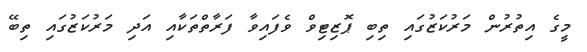
މީގެ އިތުރުން މަރުކަޒުގައި ތިބި ޕޮޒިޓިވް ވެފައިވާ ފަރާތްތަކާއި އަދި މަރުކަޒުގައި ތިބޭ